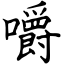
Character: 嚼